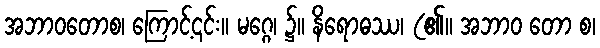
အဘာဝတောစ၊ ကြောင့်၎င်း။ မဂ္ဂေ၊ ၌။ နိရောဓဿ၊ (၏။ အဘာဝ တော စ၊